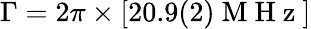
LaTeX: \Gamma=2\pi\times[20.9(2)\mathrm{~M~H~z~}]